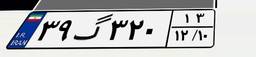
۳۹گ۳۲۰۱۳